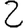
Digit: 2